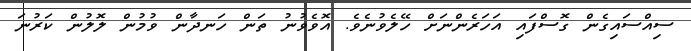
ސިއްސައިގެން ގޮސްފައި އަހަރެންނަށް ހޭލެވުނެވެ. އޮވެވުނު ތަން ހަނދާން ވުމުން ލޮލުން ކަރުނަ